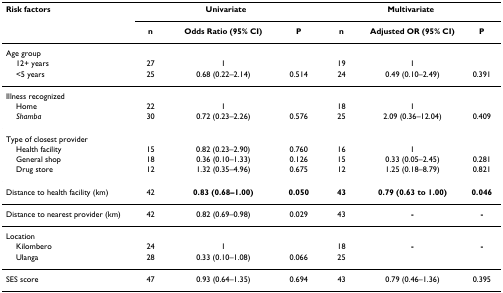
<table><thead><tr><td><b>Risk factors</b></td><td colspan="3"><b>Univariate</b></td><td colspan="3"><b>Multivariate</b></td></tr><tr><td></td><td><b>n</b></td><td><b>Odds Ratio (95% CI)</b></td><td><b>P</b></td><td><b>n</b></td><td><b>Adjusted OR (95% CI)</b></td><td><b>P</b></td></tr></thead><tbody><tr><td>Age group</td><td></td><td></td><td></td><td></td><td></td><td></td></tr><tr><td> 12+ years</td><td>27</td><td>1</td><td></td><td>19</td><td>1</td><td></td></tr><tr><td> &lt;5 years</td><td>25</td><td>0.68 (0.22–2.14)</td><td>0.514</td><td>24</td><td>0.49 (0.10–2.49)</td><td>0.391</td></tr><tr><td>Illness recognized</td><td></td><td></td><td></td><td></td><td></td><td></td></tr><tr><td> Home</td><td>22</td><td>1</td><td></td><td>18</td><td>1</td><td></td></tr><tr><td> <i>Shamba</i></td><td>30</td><td>0.72 (0.23–2.26)</td><td>0.576</td><td>25</td><td>2.09 (0.36–12.04)</td><td>0.409</td></tr><tr><td>Type of closest provider</td><td></td><td></td><td></td><td></td><td></td><td></td></tr><tr><td> Health facility</td><td>15</td><td>0.82 (0.23–2.90)</td><td>0.760</td><td>16</td><td>1</td><td></td></tr><tr><td> General shop</td><td>18</td><td>0.36 (0.10–1.33)</td><td>0.126</td><td>15</td><td>0.33 (0.05–2.45)</td><td>0.281</td></tr><tr><td> Drug store</td><td>12</td><td>1.32 (0.35–4.96)</td><td>0.675</td><td>12</td><td>1.25 (0.18–8.79)</td><td>0.821</td></tr><tr><td>Distance to health facility (km)</td><td>42</td><td><b>0.83 (0.68–1.00)</b></td><td><b>0.050</b></td><td><b>43</b></td><td><b>0.79 (0.63 to 1.00)</b></td><td><b>0.046</b></td></tr><tr><td>Distance to nearest provider (km)</td><td>42</td><td>0.82 (0.69–0.98)</td><td>0.029</td><td>43</td><td><b>-</b></td><td><b>-</b></td></tr><tr><td>Location</td><td></td><td></td><td></td><td></td><td></td><td></td></tr><tr><td> Kilombero</td><td>24</td><td>1</td><td></td><td>18</td><td><b>-</b></td><td><b>-</b></td></tr><tr><td> Ulanga</td><td>28</td><td>0.33 (0.10–1.08)</td><td>0.066</td><td>25</td><td></td><td></td></tr><tr><td>SES score</td><td>47</td><td>0.93 (0.64–1.35)</td><td>0.694</td><td>43</td><td>0.79 (0.46–1.36)</td><td>0.395</td></tr></tbody></table>